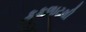
કકળાટથી